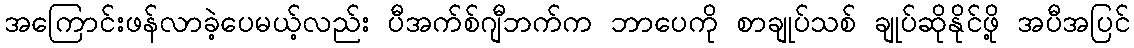
အကြောင်းဖန်လာခဲ့ပေမယ့်လည်း ပီအက်စ်ဂျီဘက်က ဘာပေကို စာချုပ်သစ် ချုပ်ဆိုနိုင်ဖို့ အပီအပြင်